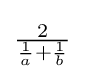
{\tfrac {2}{{\frac {1}{a}}+{\frac {1}{b}}}}